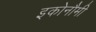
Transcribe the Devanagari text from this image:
इकोनौमी